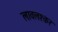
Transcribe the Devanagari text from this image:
लावलश्कर